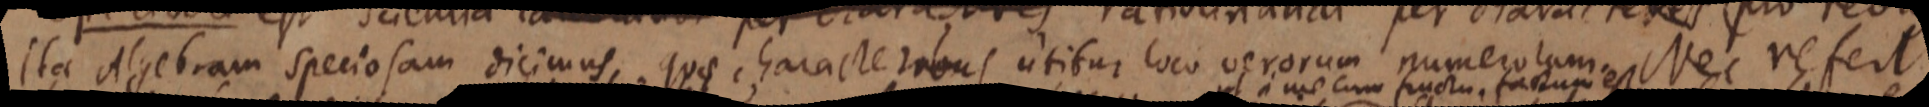
ita Algebram speciosam dicimus, quae characterius utibur loco verorum numerotam Nec refert